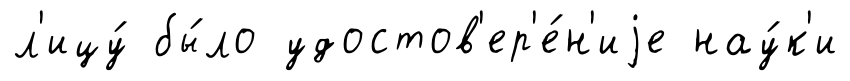
л'ицу́ бы́ло удостов'ер'е́н'иjе нау́к'и